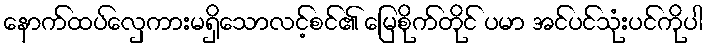
နောက်ထပ်လှေကားမရှိသောလင့်စင်၏ မြေစိုက်တိုင် ပမာ အင်ပင်သုံးပင်ကိုပါ